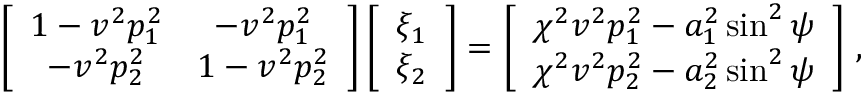
\left[ \begin{array} { c c } { 1 - v ^ { 2 } p _ { 1 } ^ { 2 } } & { - v ^ { 2 } p _ { 1 } ^ { 2 } } \\ { - v ^ { 2 } p _ { 2 } ^ { 2 } } & { 1 - v ^ { 2 } p _ { 2 } ^ { 2 } } \end{array} \right] \left[ \begin{array} { c } { \xi _ { 1 } } \\ { \xi _ { 2 } } \end{array} \right] = \left[ \begin{array} { c } { \chi ^ { 2 } v ^ { 2 } p _ { 1 } ^ { 2 } - a _ { 1 } ^ { 2 } \sin ^ { 2 } \psi } \\ { \chi ^ { 2 } v ^ { 2 } p _ { 2 } ^ { 2 } - a _ { 2 } ^ { 2 } \sin ^ { 2 } \psi } \end{array} \right] \, ,